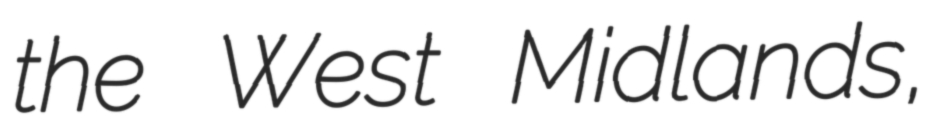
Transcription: the West Midlands,